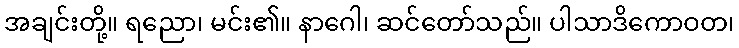
အချင်းတို့။ ရညော၊ မင်း၏။ နာဂေါ၊ ဆင်တော်သည်။ ပါသာဒိကောဝတ၊